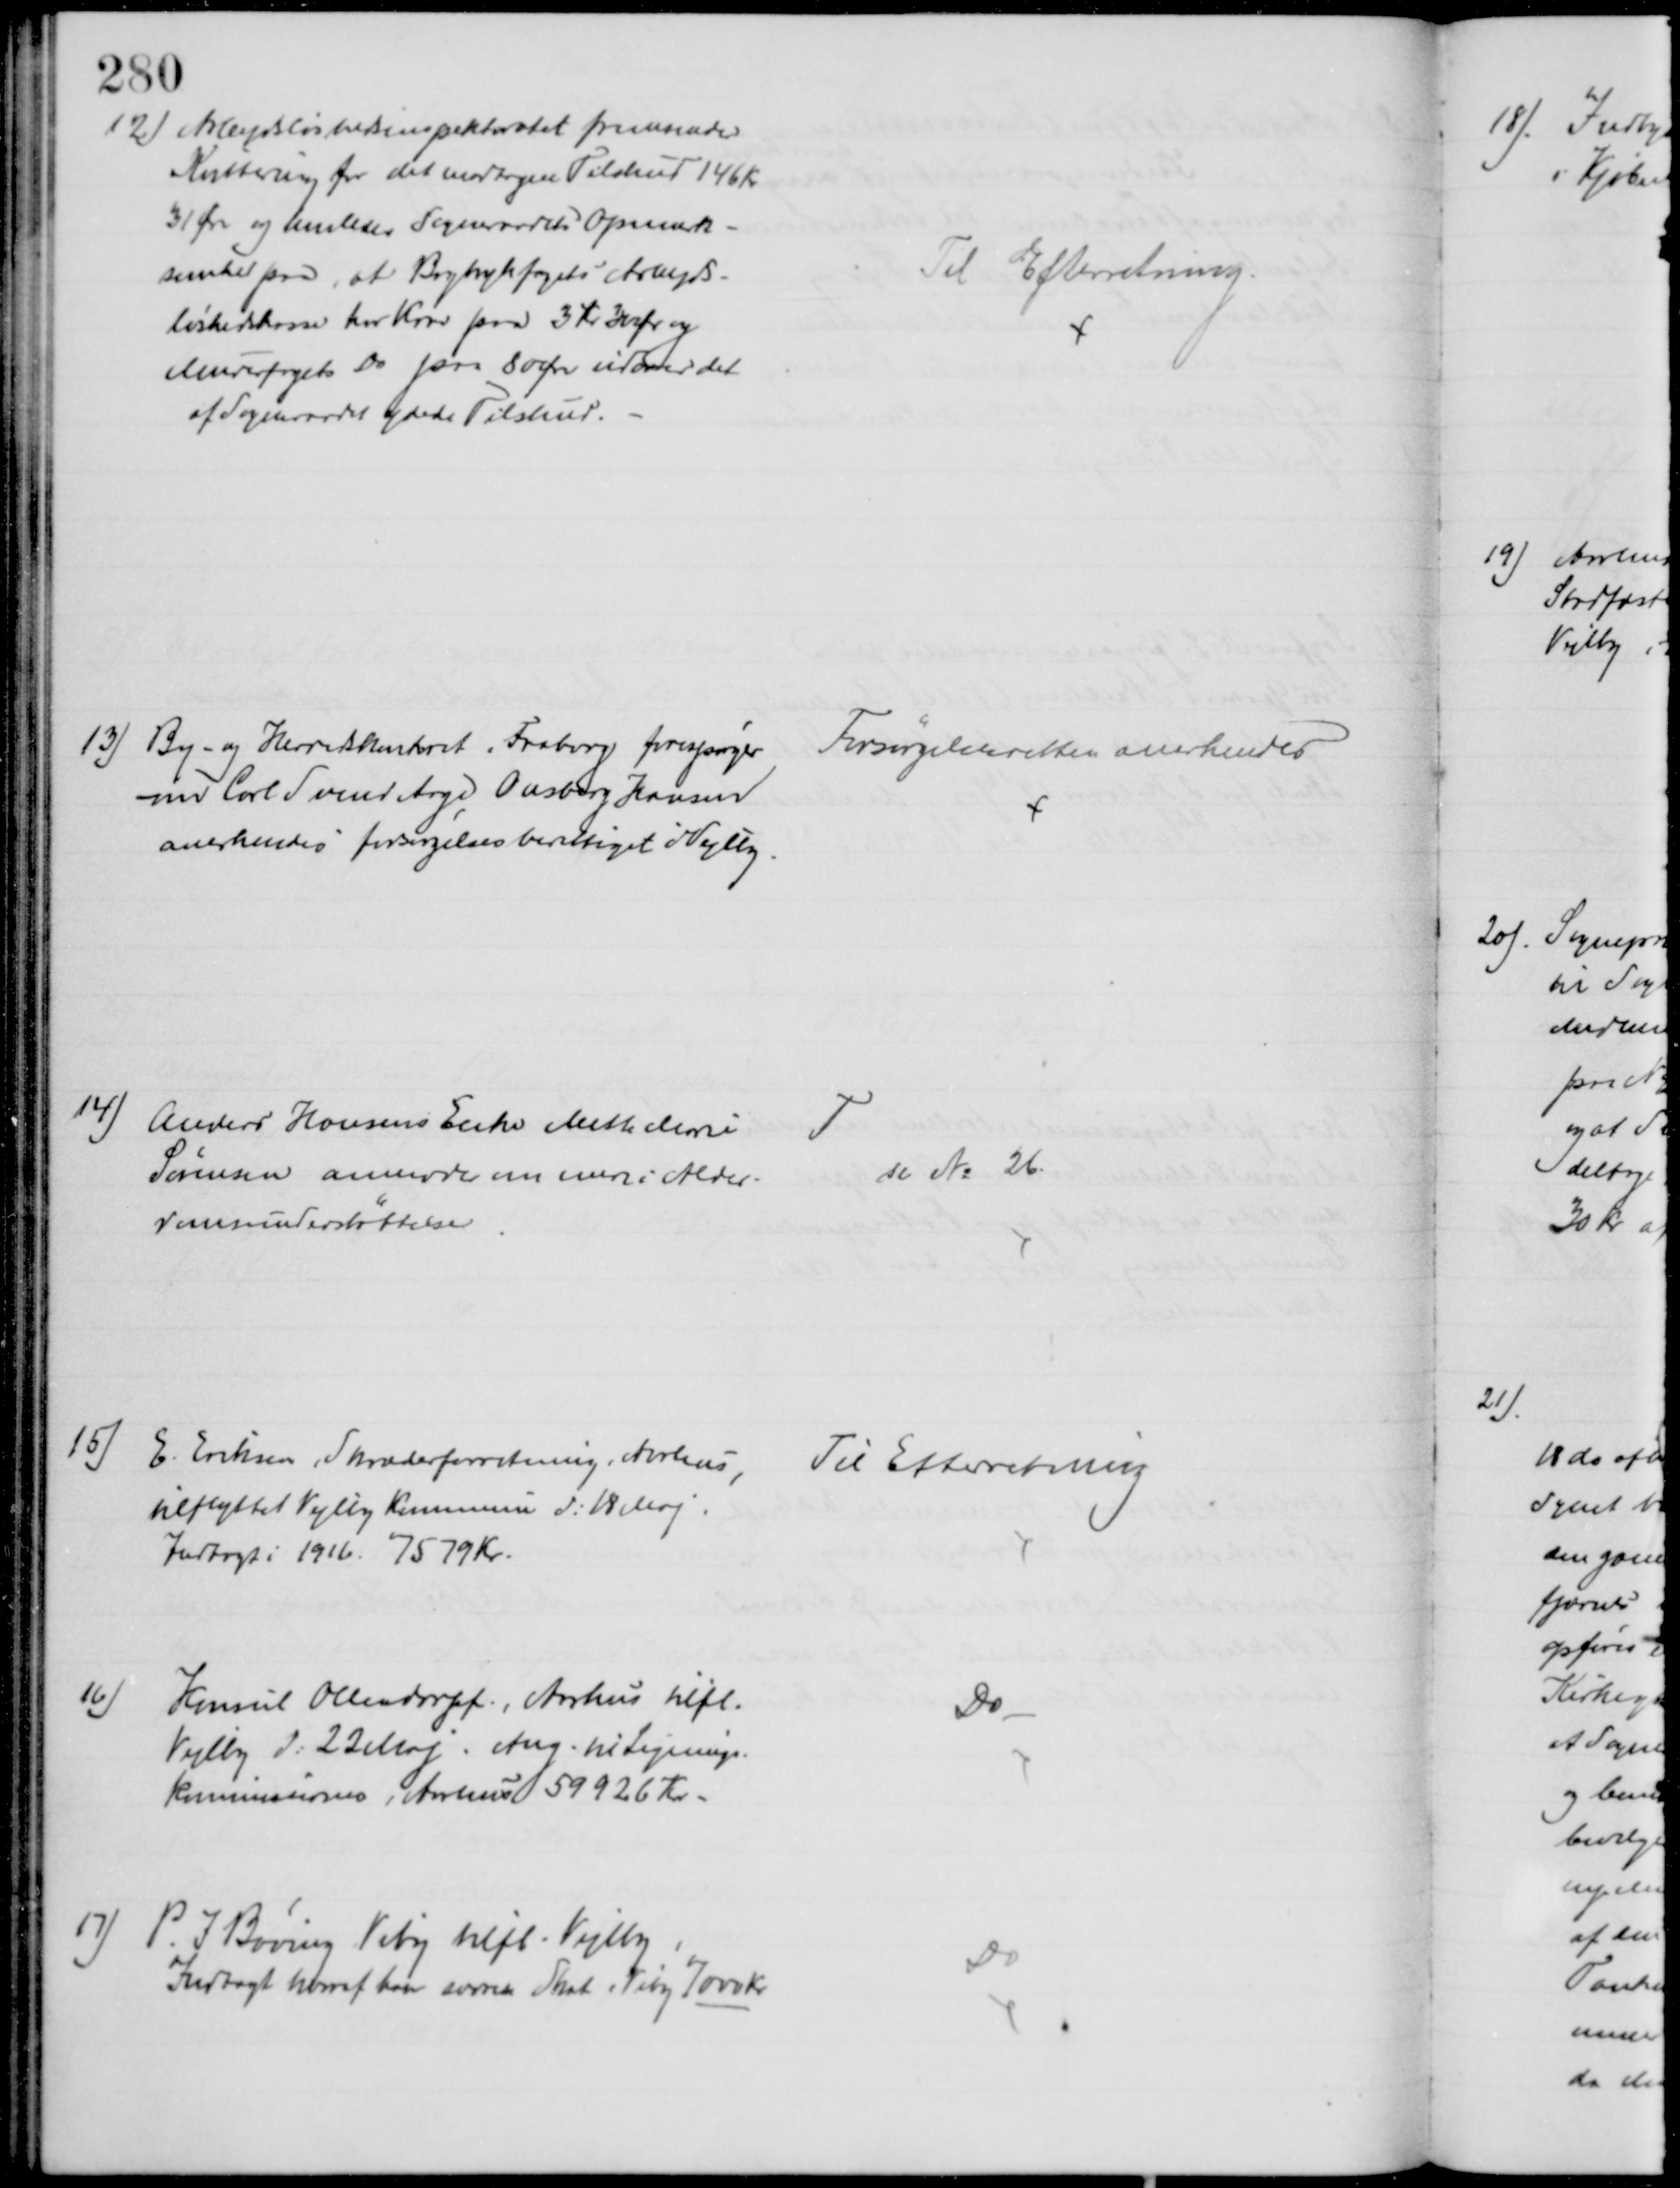
Transskription:
12) Arbejdsløshedsinspektoratet fremsender
Kvittering for det modtagne Tilskud 146 Kr
31 Øre og henleder Sogneraadets Opmærk-
somhed paa, at Bogtrykfagets Arbejds-
løshedskasse har Krav paa 3 Kr 30 Øre og
Murerfagets Do paa 80 Øre udover det
af Sogneraadet ydede Tilskud.
Til Efterretning.
13) By- og Herredskontoret, Faaborg forespørger
om Carl Svend Aage Onsberg Hansen
anerkendes forsørgelsesberettiget Vejlby
Forsørgelsesretten anerkendes
14)
Anders Hansens Enke Mette Marie
Sørensen anmoder om mere i Alder-
domsunderstøttelse
T
se № 26.
15) E. Eriksen, Skræderforretning i Aarhus,
tilflyttet Vejlby Kommune d: 18 Maj
Indtægt i 1916. 7579 Kr.
Til Efterretning
16)
Konsul Ollendorff, Aarhus tilfl.
Vejlby d: 22 Maj. Ang. til Lignings-
kommissionen, Aarhus 59926 Kr.
Do
17)
P. J. Bøving Viby tilfl. Vejlby,
Indtægt hvoraf han svarer Skat i Viby 7000 Kr
Do